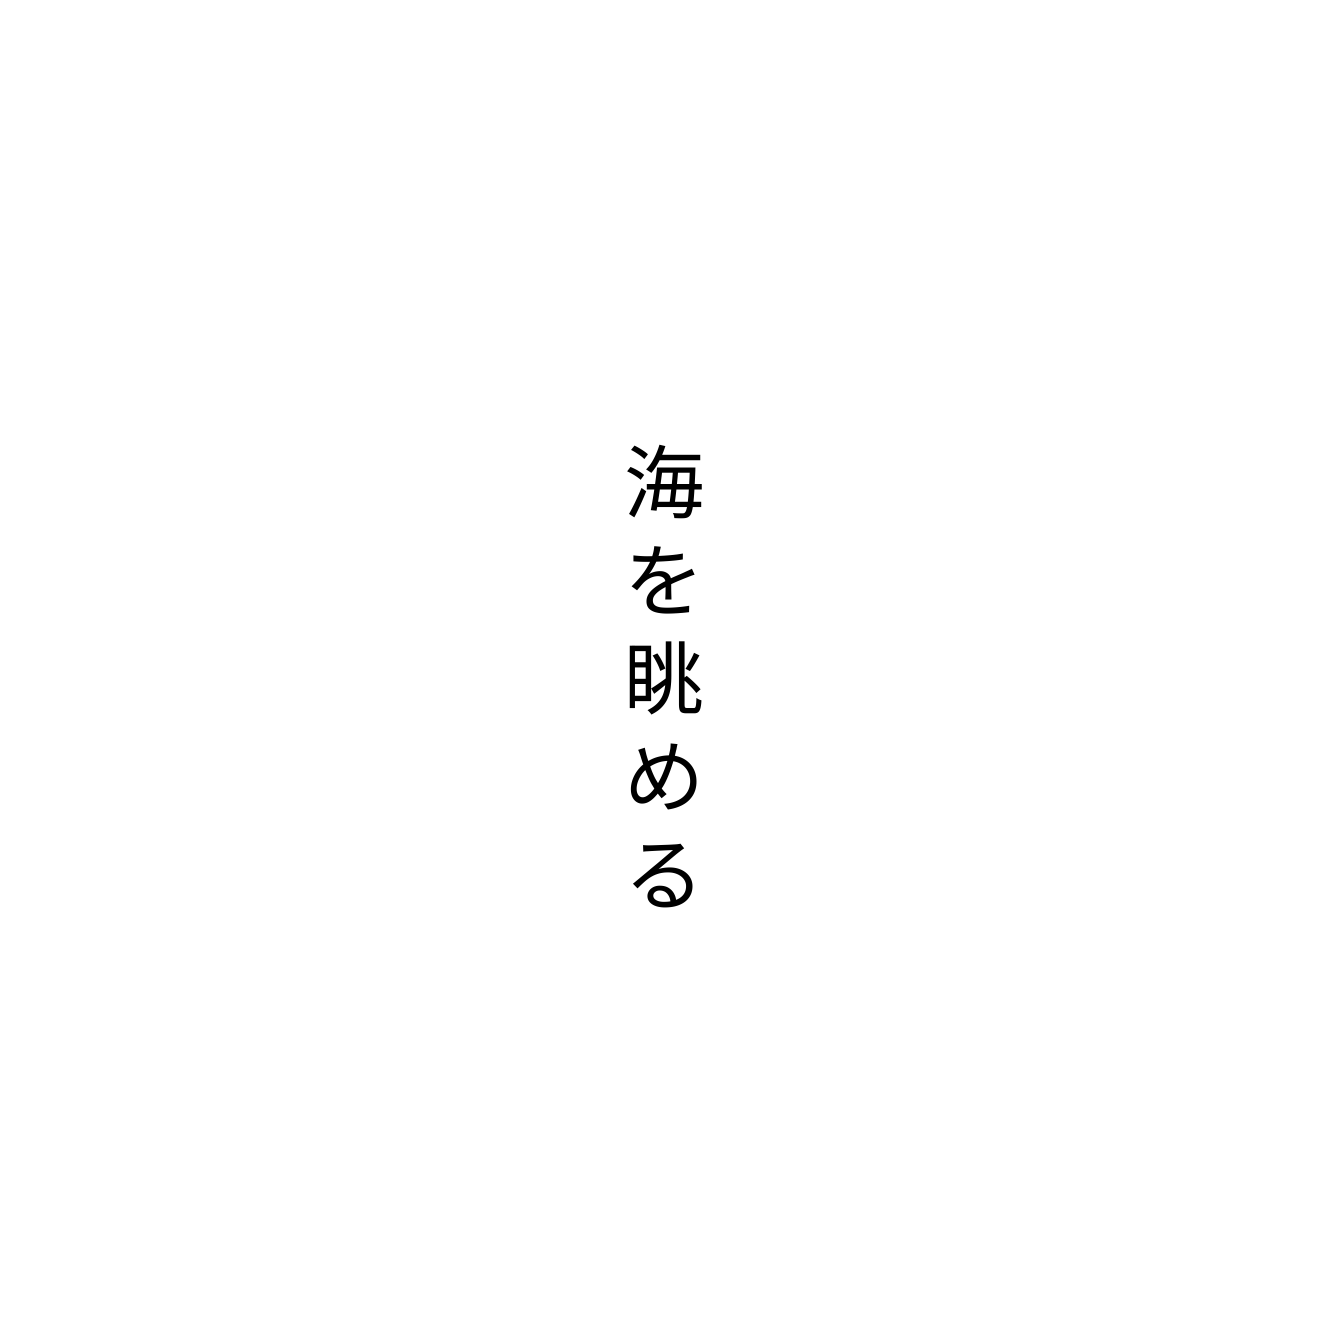
海を眺める